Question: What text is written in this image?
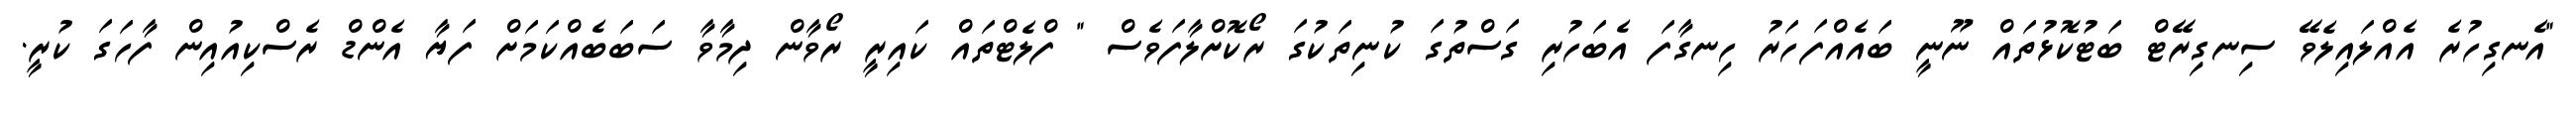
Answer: "އެނގިހުރެ އެއްލައިލެވޭ ސިނގިރޭޓް ބަޓުކޮޅުތައް ނޫނީ ބައެއްފަހަރު ހިނގާފަ އެބަހުރި ގަސްތުގަ ކުނިތަކުގަ ރޯކޮށްލާފަވެސް " ފްލެޓްތައް ކައިރީ ރޯވާން ދިމާވާ ސަބަބެއްކަމަށް ފަޔާ އެންޑް ރެސްކިއުއިން ފާހަގަ ކުރީ.